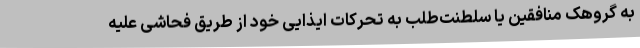
به گروهک منافقین یا سلطنت‌طلب به تحرکات ایذایی خود از طریق فحاشی علیه